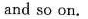
and so on.